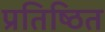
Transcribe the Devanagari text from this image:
प्रतिष्‍िठत